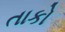
તાકો